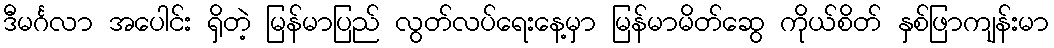
ဒီမင်္ဂလာ အပေါင်း ရှိတဲ့ မြန်မာပြည် လွတ်လပ်ရေးနေ့မှာ မြန်မာမိတ်ဆွေ ကိုယ်စိတ် နှစ်ဖြာကျန်းမာ